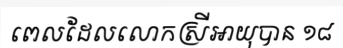
ពេលដែលលោកស្រីអាយុបាន ១៨